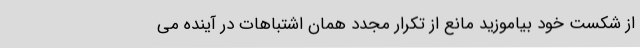
از شکست خود بیاموزید مانع از تکرار مجدد همان اشتباهات در آینده می